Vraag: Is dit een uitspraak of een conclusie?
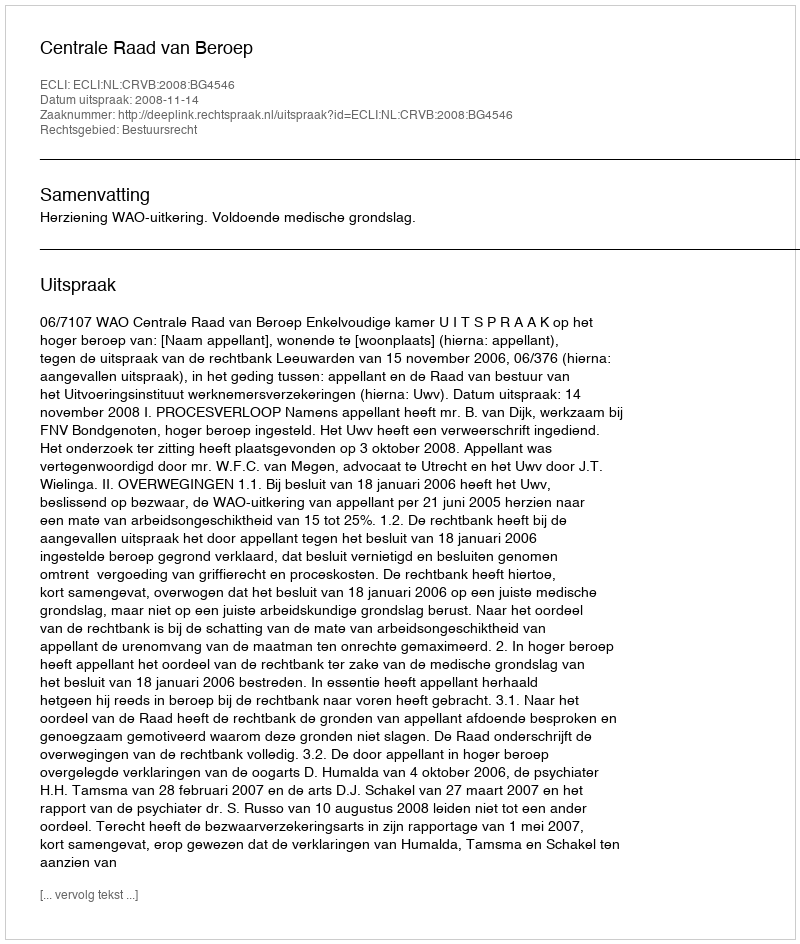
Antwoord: Uitspraak